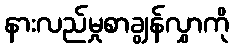
နားလည်မှုစာချွန်လွှာကို